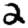
Digit: 2